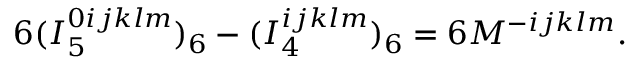
6 ( I _ { 5 } ^ { 0 i j k l m } ) _ { 6 } - ( I _ { 4 } ^ { i j k l m } ) _ { 6 } = 6 M ^ { - i j k l m } .